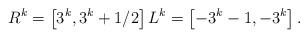
LaTeX: \begin{align*}R^k = \left[3^k, 3^k+1/2\right] L^k = \left[-3^k-1,-3^k \right].\end{align*}